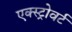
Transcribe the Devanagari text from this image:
एक्स्ट्रोवर्ट